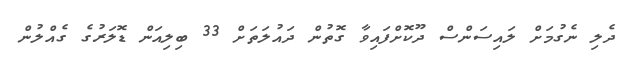
ދެލި ނެގުމަށް ލައިސަންސް ދޫކޮށްފައިވާ ގޮތުން ދައުލަތަށް 33 ބިލިއަން ޑޮލަރުގެ ގެއްލުން